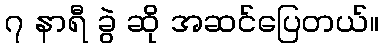
၇ နာရီ ခွဲ ဆို အဆင်ပြေတယ်။